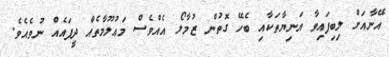
އޭނާއަށް ލިބިފައިވާ އަނިޔާތަކާއި ބެހޭ ގޮތުން ޒުމާލޯ އެއްވެސް މަޢުލޫމާތެއް ދީފައެއް ނުވެއެވެ.